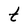
Character: t